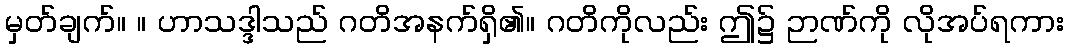
မှတ်ချက်။ ။ ဟာသဒ္ဒါသည် ဂတိအနက်ရှိ၏။ ဂတိကိုလည်း ဤ၌ ဉာဏ်ကို လိုအပ်ရကား